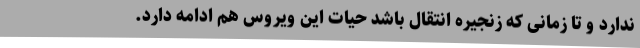
ندارد و تا زمانی که زنجیره انتقال باشد حیات این ویروس هم ادامه دارد.